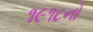
૧૯૧૮નો